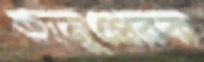
অনুপ্রেরক